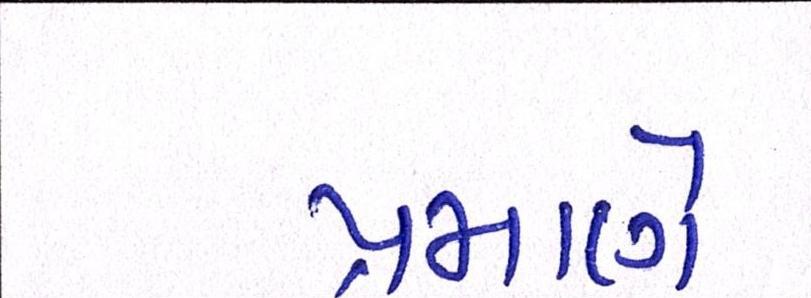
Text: પ્રમાણે